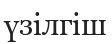
үзілгіш